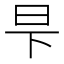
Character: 𬀧